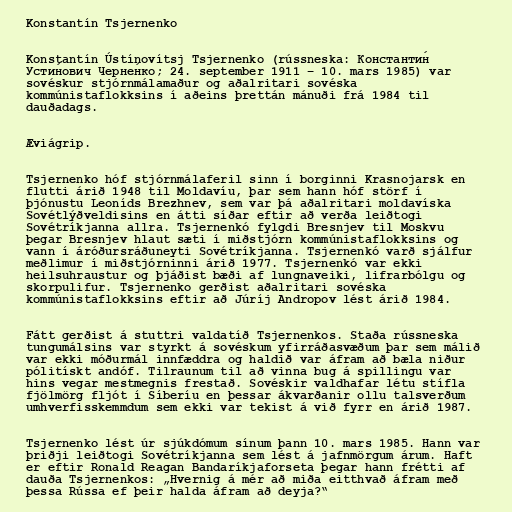
Konstantín Tsjernenko

Konstantín Ústínovítsj Tsjernenko (rússneska: Константи́н
Усти́нович Черне́нко; 24. september 1911 – 10. mars 1985) var
sovéskur stjórnmálamaður og aðalritari sovéska
kommúnistaflokksins í aðeins þrettán mánuði frá 1984 til
dauðadags.

Æviágrip.

Tsjernenko hóf stjórnmálaferil sinn í borginni Krasnojarsk en
flutti árið 1948 til Moldavíu, þar sem hann hóf störf í
þjónustu Leoníds Brezhnev, sem var þá aðalritari moldavíska
Sovétlýðveldisins en átti síðar eftir að verða leiðtogi
Sovétríkjanna allra. Tsjernenkó fylgdi Bresnjev til Moskvu
þegar Bresnjev hlaut sæti í miðstjórn kommúnistaflokksins og
vann í áróðursráðuneyti Sovétríkjanna. Tsjernenkó varð sjálfur
meðlimur í miðstjórninni árið 1977. Tsjernenkó var ekki
heilsuhraustur og þjáðist bæði af lungnaveiki, lifrarbólgu og
skorpulifur. Tsjernenko gerðist aðalritari sovéska
kommúnistaflokksins eftir að Júríj Andropov lést árið 1984.

Fátt gerðist á stuttri valdatíð Tsjernenkos. Staða rússneska
tungumálsins var styrkt á sovéskum yfirráðasvæðum þar sem málið
var ekki móðurmál innfæddra og haldið var áfram að bæla niður
pólitískt andóf. Tilraunum til að vinna bug á spillingu var
hins vegar mestmegnis frestað. Sovéskir valdhafar létu stífla
fjölmörg fljót í Síberíu en þessar ákvarðanir ollu talsverðum
umhverfisskemmdum sem ekki var tekist á við fyrr en árið 1987.

Tsjernenko lést úr sjúkdómum sínum þann 10. mars 1985. Hann var
þriðji leiðtogi Sovétríkjanna sem lést á jafnmörgum árum. Haft
er eftir Ronald Reagan Bandaríkjaforseta þegar hann frétti af
dauða Tsjernenkos: „Hvernig á mér að miða eitthvað áfram með
þessa Rússa ef þeir halda áfram að deyja?“